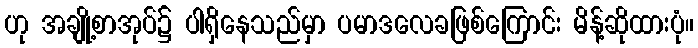
ဟု အချို့စာအုပ်၌ ပါရှိနေသည်မှာ ပမာဒလေခဖြစ်ကြောင်း မိန့်ဆိုထားပုံ။